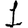
Digit: 1